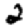
Digit: 2